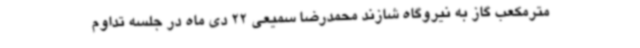
مترمکعب گاز به نیروگاه شازند محمدرضا سمیعی 22 دی ماه در جلسه تداوم